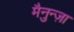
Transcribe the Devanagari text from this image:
मैनुन्ज़ा